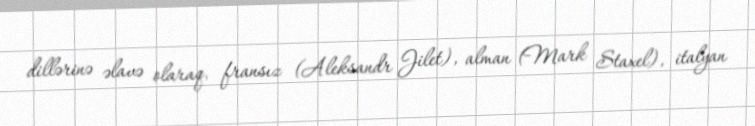
dillərinə əlavə olaraq, fransız (Aleksandr Jilet), alman (Mark Staxel), italyan